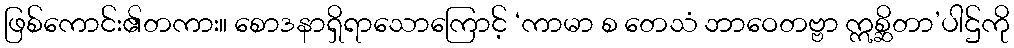
ဖြစ်ကောင်း၏တကား။ စောဒနာရှိရာသောကြောင့် ‘ကာမာ စ တေသံ ဘာဝေတဗ္ဗာ ဣစ္ဆိတာ’ပါဌ်ကို